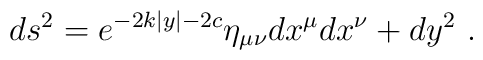
ds^2 = e^{- 2 k  |y| - 2 c} \eta_{\mu \nu} dx^{\mu} dx^{\nu} + dy^2~.~ \,